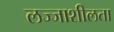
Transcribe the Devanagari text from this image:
लज्जाशीलता